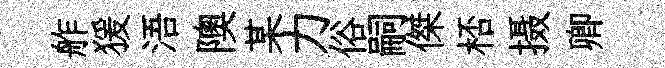
舴猨浯隩某力俗嗣傑桮摄卿